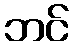
ဘင်